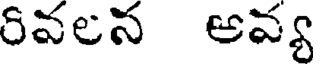
రివలన అవ్య